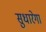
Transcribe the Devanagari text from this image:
सुधारेगा